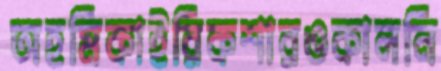
অহমিকাইরিকশারওকালনি